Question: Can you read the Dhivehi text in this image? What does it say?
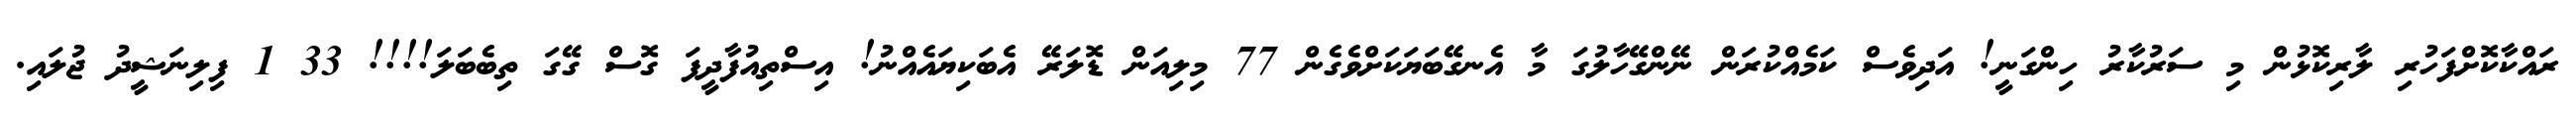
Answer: ރައްކާކޮށްފަހުރި ލާރިކޮޅުން މި ސަރުކާރު ހިންގަނީ! އަދިވެސް ކަމެއްކުރަން ނޭންގޭހާލުގަ މާ އެނގޭބަޔަކަށްވެގެން 77 މިލިއަން ޑޮލަރޭ އެބަކިޔައެއްނު! އިސްތިއުފާދީފަ ގޮސް ގޭގަ ތިބެބަލަ!!!! 33 1 ފިލިނަޝީދު ޖުލައި.